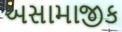
અસામાજીક